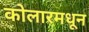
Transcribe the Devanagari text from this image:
कोलारमधून